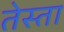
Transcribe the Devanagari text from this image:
तेस्ता